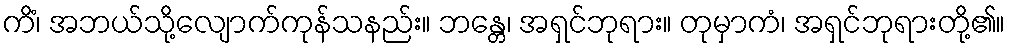
ကိံ၊ အဘယ်သို့လျောက်ကုန်သနည်း။ ဘန္တေ၊ အရှင်ဘုရား။ တုမှာကံ၊ အရှင်ဘုရားတို့၏။